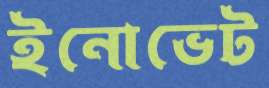
ইনোভেট